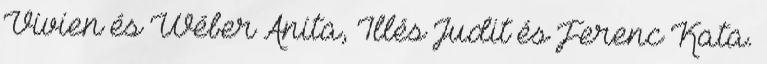
Vivien és Wéber Anita, Illés Judit és Ferenc Kata.